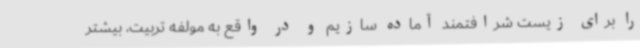
را برای زیست شرافتمند آماده سازیم و در واقع به مولفه تربیت، بیشتر